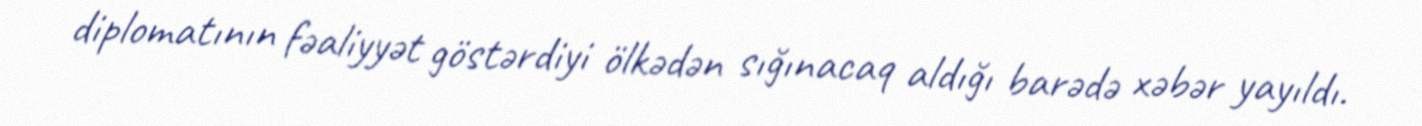
diplomatının fəaliyyət göstərdiyi ölkədən sığınacaq aldığı barədə xəbər yayıldı.